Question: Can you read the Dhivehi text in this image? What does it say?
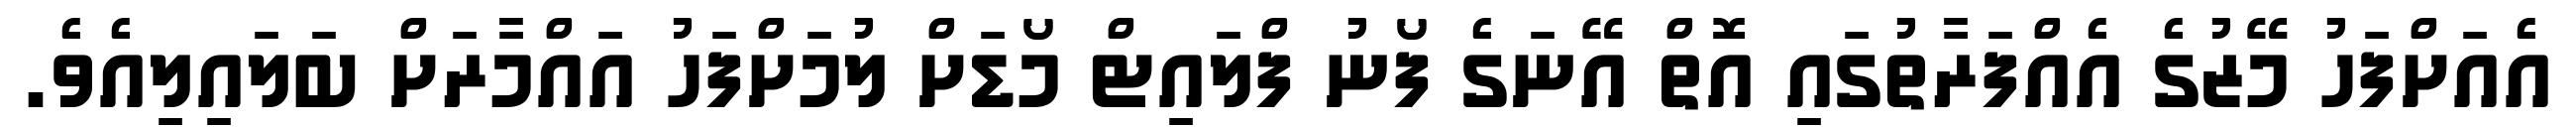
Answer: އެއަށްފަހު މޭޒުގެ އެއްފަރާތުގައި އޮތް އޭނަގެ ފޯނު ފްލައިޓް މޯޑަށް ލުމަށްފަހު އައްމާރަށް ބަލައިލިއެވެ.